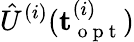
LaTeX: {\hat{U}}^{(i)}(\mathbf{t}_{\mathrm{~o~p~t~}}^{(i)})